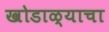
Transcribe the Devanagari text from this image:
खोडाळ्याचा